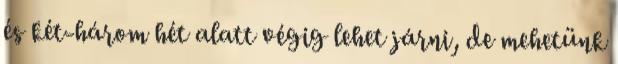
és két-három hét alatt végig lehet járni, de mehetünk